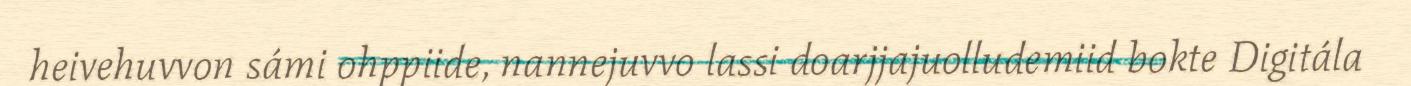
heivehuvvon sámi ohppiide, nannejuvvo lassi doarjjajuolludemiid bokte Digitála